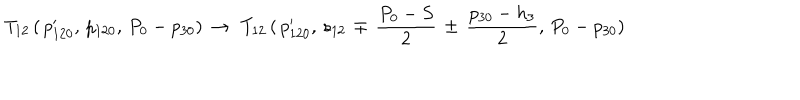
T _ { 1 2 } \, ( \, p _ { 1 2 0 } ^ { \prime } , \, p _ { 1 2 0 } , \, P _ { 0 } - p _ { 3 0 } ) \, \to \, \, T _ { 1 2 } \, ( \, p _ { 1 2 0 } ^ { \prime } , \, s _ { 1 2 } \, \mp \, { \frac { P _ { 0 } - S } { 2 } } \, \pm \, { \frac { p _ { 3 0 } - h _ { 3 } } { 2 } } , \, P _ { 0 } - p _ { 3 0 } ) \,